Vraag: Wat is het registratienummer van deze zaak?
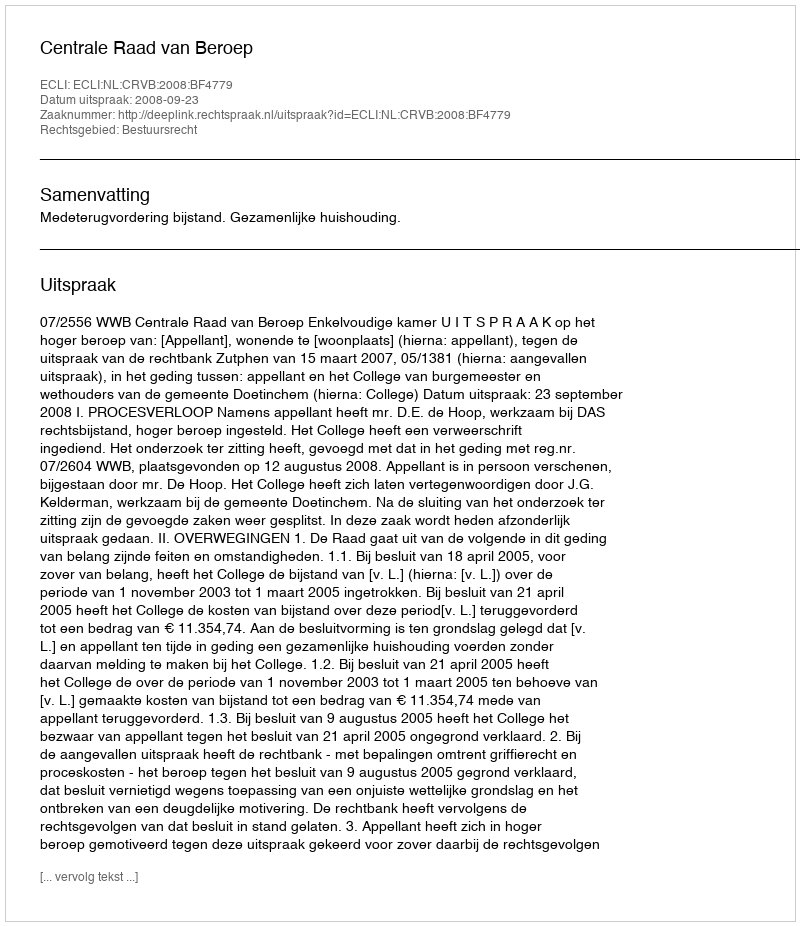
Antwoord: http://deeplink.rechtspraak.nl/uitspraak?id=ECLI:NL:CRVB:2008:BF4779